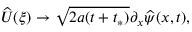
\widehat { U } ( \xi ) \to \sqrt { 2 a ( t + t _ { * } ) } \partial _ { x } \widehat { \psi } ( x , t ) ,